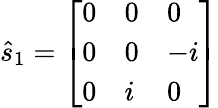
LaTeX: {\hat{s}}_{1}={\left[\begin{array}{lll}{0}&{0}&{0}\\ {0}&{0}&{-i}\\ {0}&{i}&{0}\end{array}\right]}